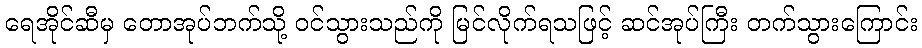
ရေအိုင်ဆီမှ တောအုပ်ဘက်သို့ ဝင်သွားသည်ကို မြင်လိုက်ရသဖြင့် ဆင်အုပ်ကြီး တက်သွားကြောင်း